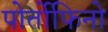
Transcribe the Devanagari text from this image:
पोर्तोफिनो